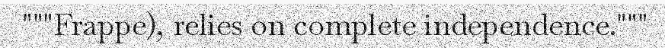
"""Frappe), relies on complete independence."""